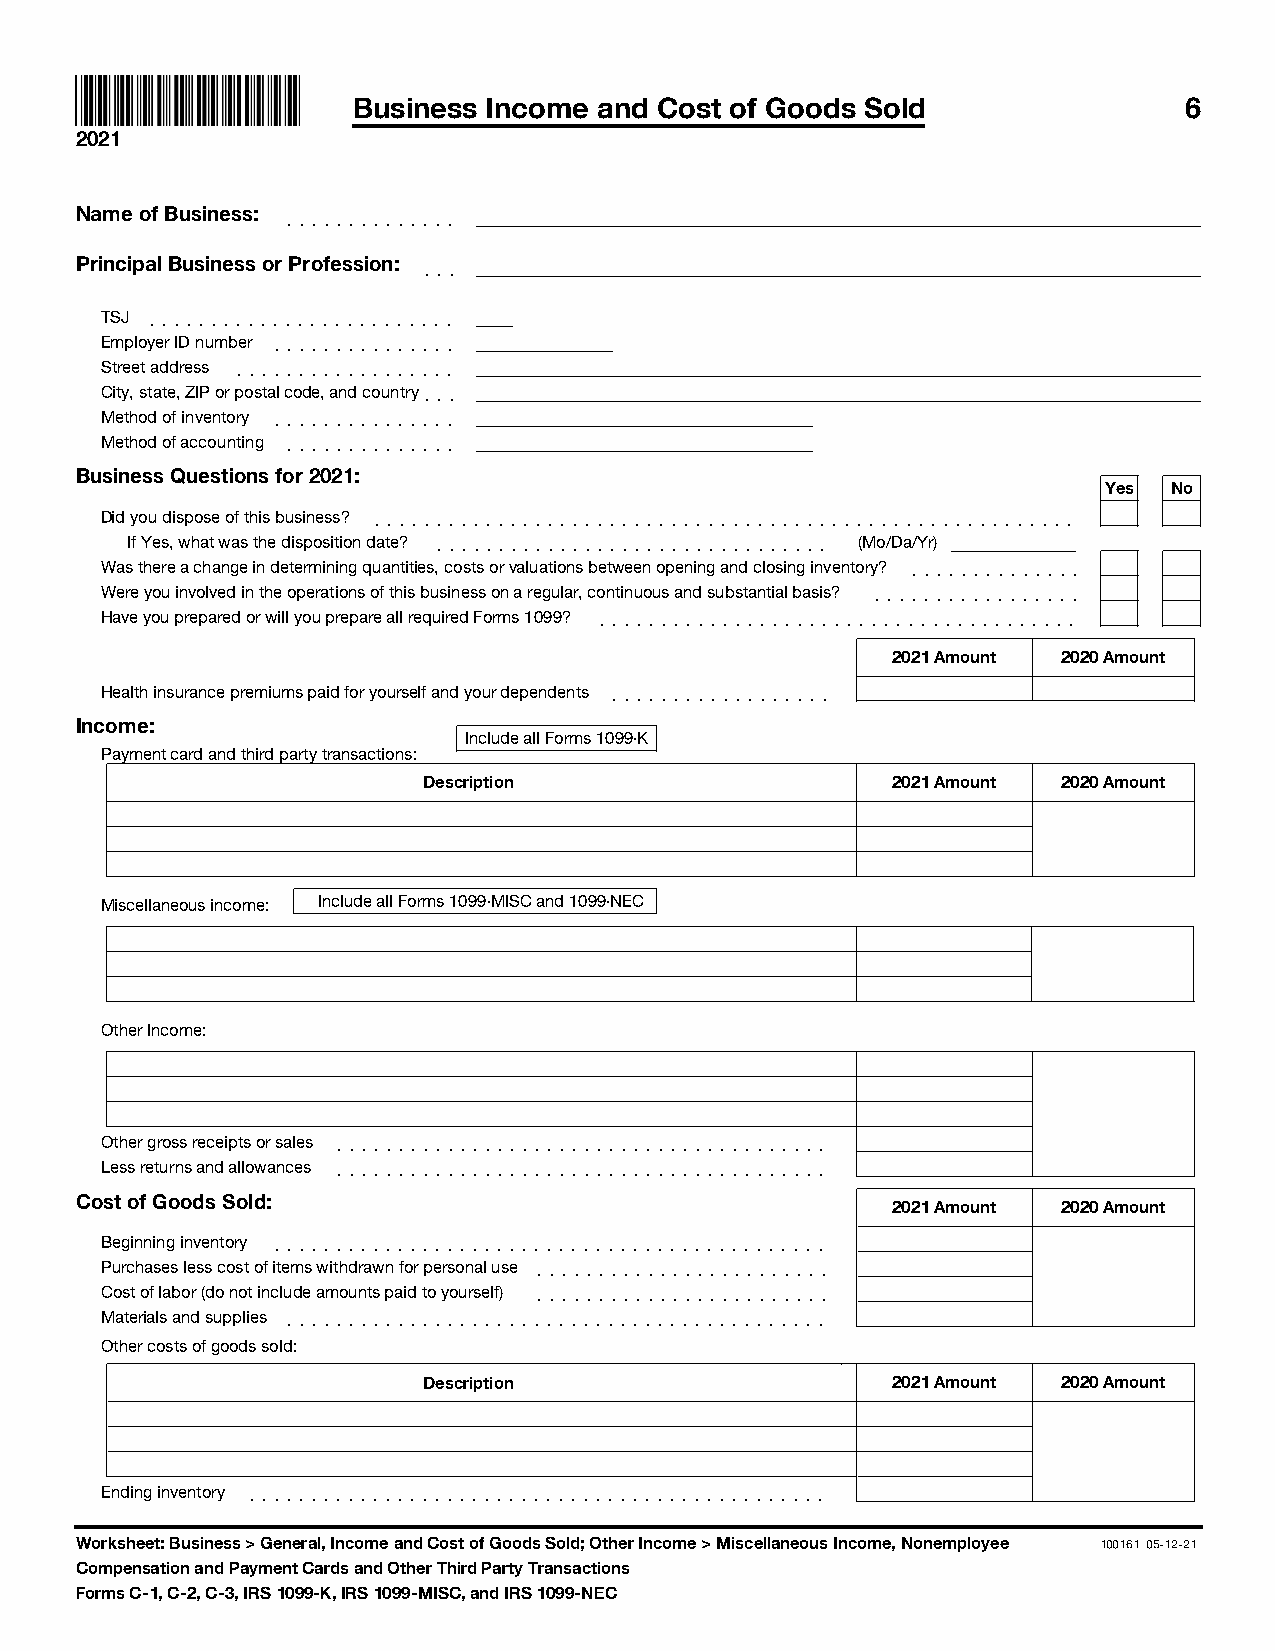
Business Income  and Cost of Goods Sold                6
 2021
 Name of Business: ]]]]]]]]]]]]]]
 Principal Business or Profession: ]]]
 TSJ ]]]]]]]]]]]]]]]]]]]]]]]]]
 Employer ID number ]]]]]]]]]]]]]]]
 Street address ]]]]]]]]]]]]]]]]]]
 City, state, ZIP or postal code, and country ]]]
 Method of inventory ]]]]]]]]]]]]]]]
 Method of accounting ]]]]]]]]]]]]]]
 Business Questions for 2021:
 Yes  No
 Did you dispose of this business? ]]]]]]]]]]]]]]]]]]]]]]]]]]]]]]]]]]]]]]]]]]]]]]]]]]]]]]]]]
 If Yes, what was the disposition date? ]]]]]]]]]]]]]]]]]]]]]]]]]]]]]]]] (Mo/Da/Yr)
 Was there a change in determining quantities, costs or valuations between opening and closing inventory? ]]]]]]]]]]]]]]
 Were you involved in the operations of this business on a regular, continuous and substantial basis? ]]]]]]]]]]]]]]]]]
 Have you prepared or will you prepare all required Forms 1099? ]]]]]]]]]]]]]]]]]]]]]]]]]]]]]]]]]]]]]]]
 2021 Amount 2020 Amount
 Health insurance premiums paid for yourself and your dependents ]]]]]]]]]]]]]]]]]]
 Income:
 Include all Forms 1099-K
 Payment card and third party transactions:
 Description                    2021 Amount 2020 Amount
 Miscellaneous income: Include all Forms 1099-MISC and 1099-NEC
 Other Income:
 Other gross receipts or sales ]]]]]]]]]]]]]]]]]]]]]]]]]]]]]]]]]]]]]]]]
 Less returns and allowances ]]]]]]]]]]]]]]]]]]]]]]]]]]]]]]]]]]]]]]]]
 Cost of Goods Sold:
 2021 Amount 2020 Amount
 Beginning inventory ]]]]]]]]]]]]]]]]]]]]]]]]]]]]]]]]]]]]]]]]]]]]]
 Purchases less cost of items withdrawn for personal use ]]]]]]]]]]]]]]]]]]]]]]]]
 Cost of labor (do not include amounts paid to yourself) ]]]]]]]]]]]]]]]]]]]]]]]]
 Materials and supplies ]]]]]]]]]]]]]]]]]]]]]]]]]]]]]]]]]]]]]]]]]]]]
 Other costs of goods sold:
 Description                    2021 Amount 2020 Amount
 Ending inventory ]]]]]]]]]]]]]]]]]]]]]]]]]]]]]]]]]]]]]]]]]]]]]]]
 Worksheet: Business > General, Income and Cost of Goods Sold; Other Income > Miscellaneous Income, Nonemployee 100161 05-12-21
 Compensation and Payment Cards and Other Third Party Transactions
 Forms C-1, C-2, C-3, IRS 1099-K, IRS 1099-MISC, and IRS 1099-NEC